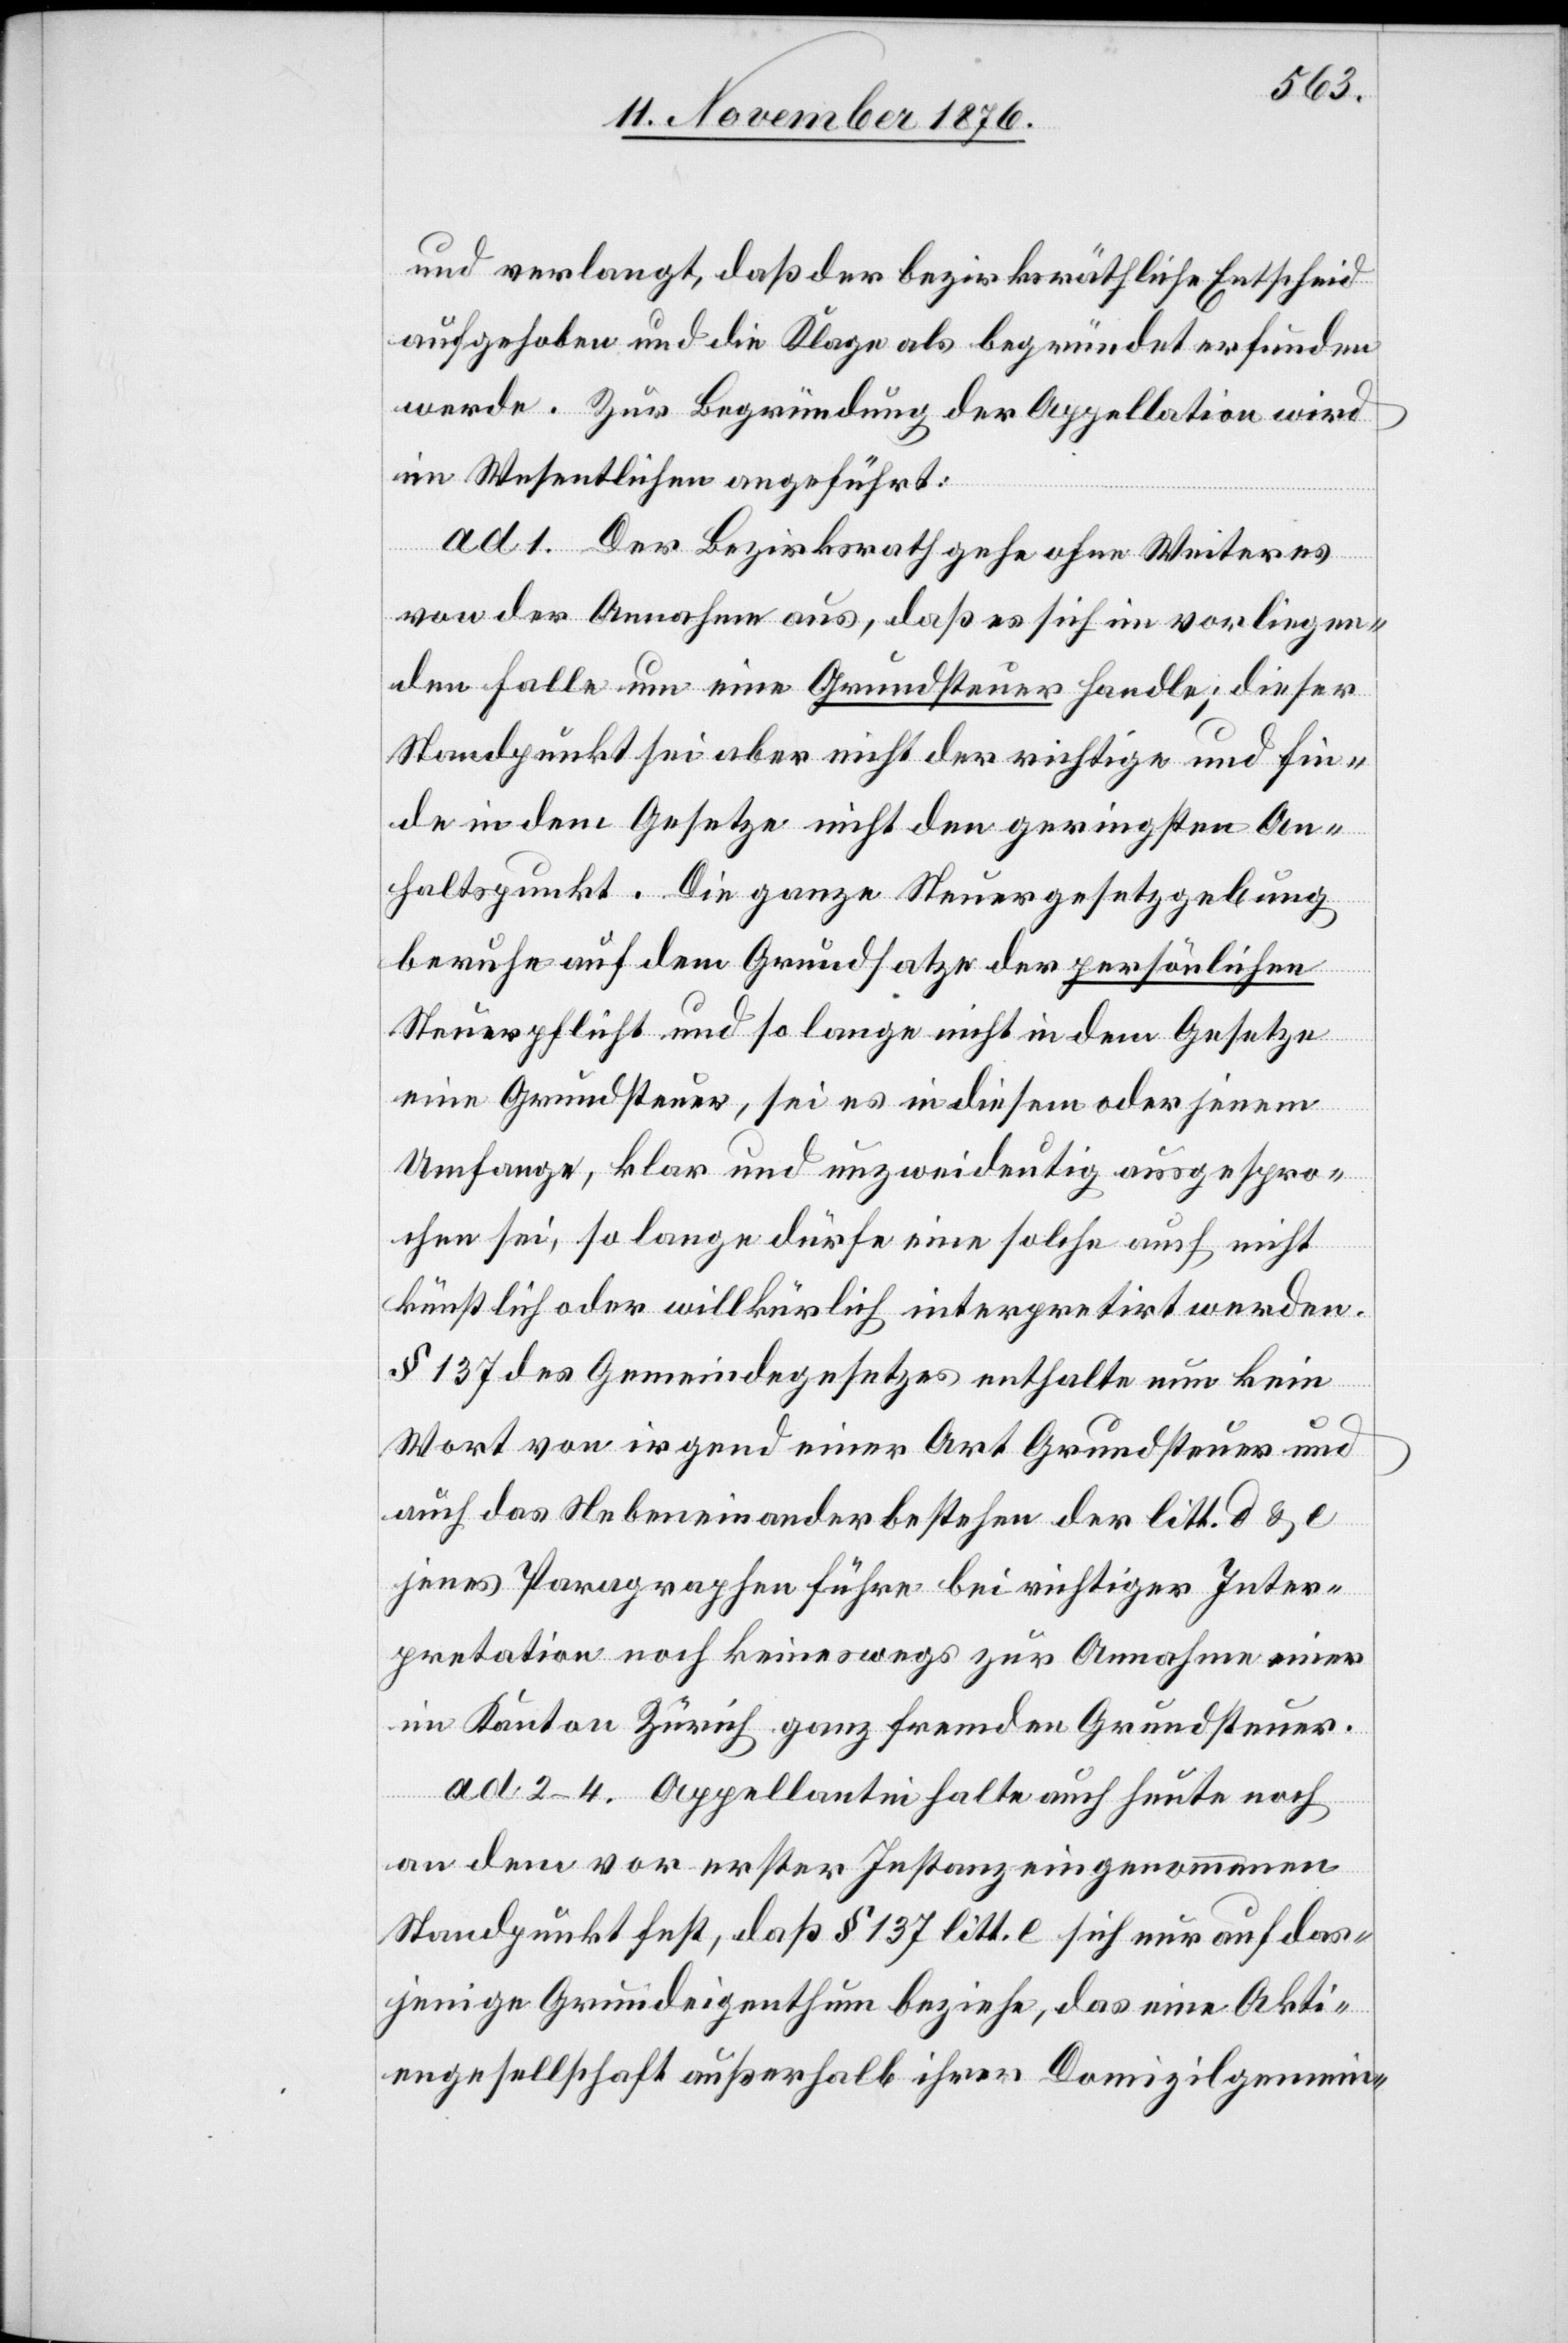
und verlangt, daß der bezirksräthliche Entscheid
aufgehoben und die Klage als begründet erfunden
werde. Zur Begründung der Appellation wird
im Wesentlichen angeführt:
ad 1. Der Bezirksrath gehe ohne Weiteres
von der Annahme aus, daß es sich im vorliegen¬
den Falle um eine Grundsteuer handle; dieser
Standpunkt sei aber nicht der richtige und fin¬
de in dem Gesetze nicht den geringsten An¬
haltspunkt. Die ganze Steuergesetzgebung
beruhe auf dem Grundsatze der persönlichen
Steuerpflicht und so lange nicht in dem Gesetze
eine Grundsteuer, sei es in diesem oder jenem
Umfange, klar und unzweideutig ausgespro¬
chen sei, so lange dürfe eine solche auch nicht
künstlich oder willkürlich interpretirt werden.
§ 137 des Gemeindegesetzes enthalte nun kein
Wort von irgend einer Art Grundsteuer und
auch das nebeneinanderbestehen der litt. d & e
jenes Paragraphen führe bei richtiger Inter¬
pretation noch keineswegs zur Annahme einer
im Kanton Zürich ganz fremden Grundsteuer.
ad 2–4. Appellantin halte auch heute noch
an dem vor erster Instanz eingenommenen
Standpunkte fest, daß § 137 litt. e sich nur auf das¬
jenige Grundeigenthum beziehe, das eine Akti¬
engesellschaft außerhalb ihrer Domizilgmein-